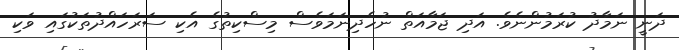
ދަނީ ނަމާދު ކުރަމުންނެވެ. އަދި ޖަމާއަތް ނުހެދިނަމަވެސް މިސްކިތުގެެ އެކި ސަރަހައްދުތަކުގައި ވަކި